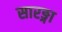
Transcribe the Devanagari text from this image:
सारङ्गा